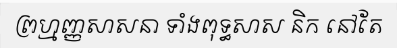
ព្រហ្មញ្ញសាសនា ទាំងពុទ្ធសាស និក នៅតែ